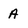
Character: A